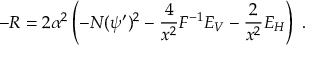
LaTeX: - R = 2 \alpha ^ { 2 } \left( - N ( \psi ^ { \prime } ) ^ { 2 } - { \frac { 4 } { x ^ { 2 } } } F ^ { - 1 } E _ { V } - { \frac { 2 } { x ^ { 2 } } } E _ { H } \right) \ .